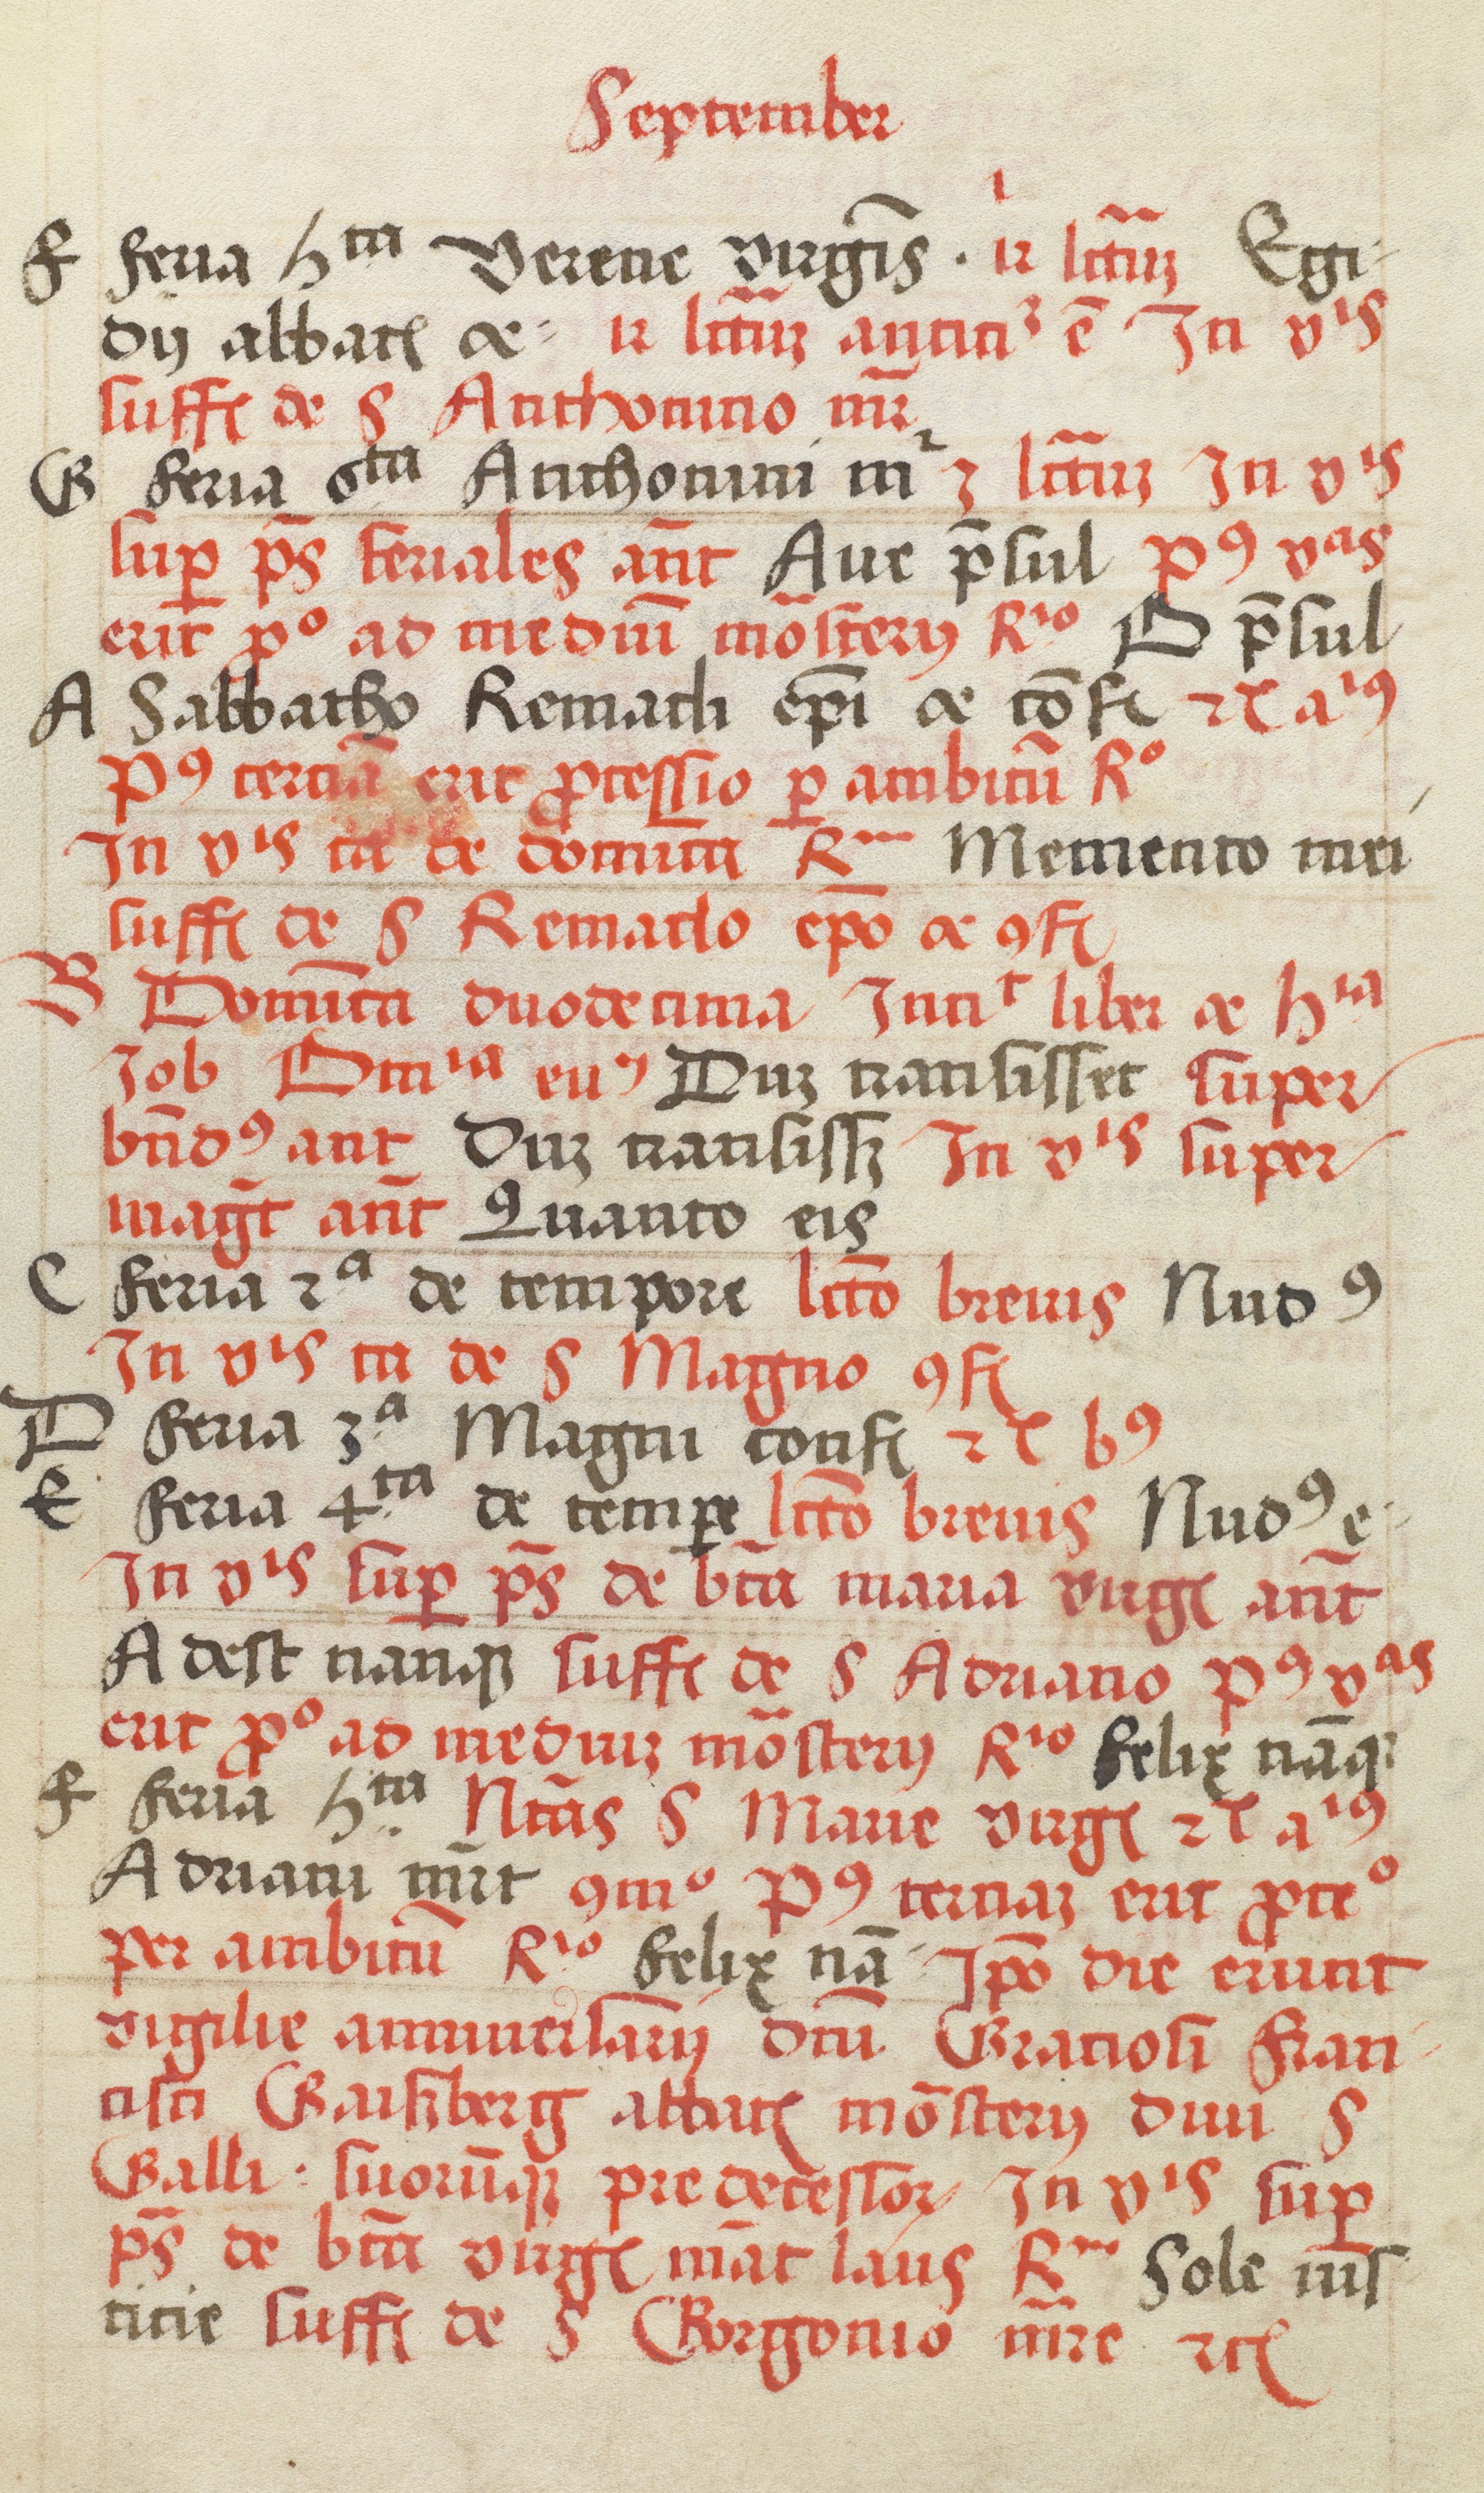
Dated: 1505–1535